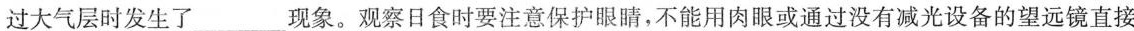
过大气层时发生了___现象。观察日食时要注意保护眼睛，不能用肉眼或通过没有减光设备的望远镜直接